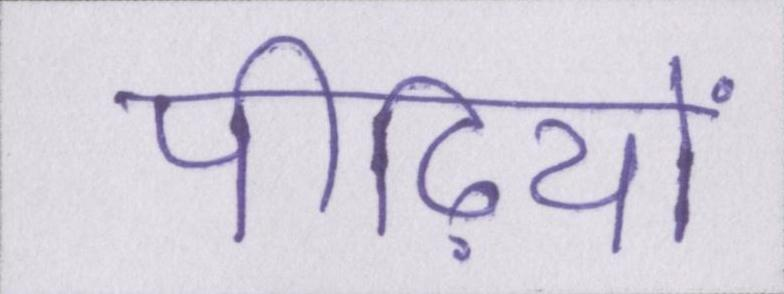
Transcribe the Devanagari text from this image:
पीढ़ियों